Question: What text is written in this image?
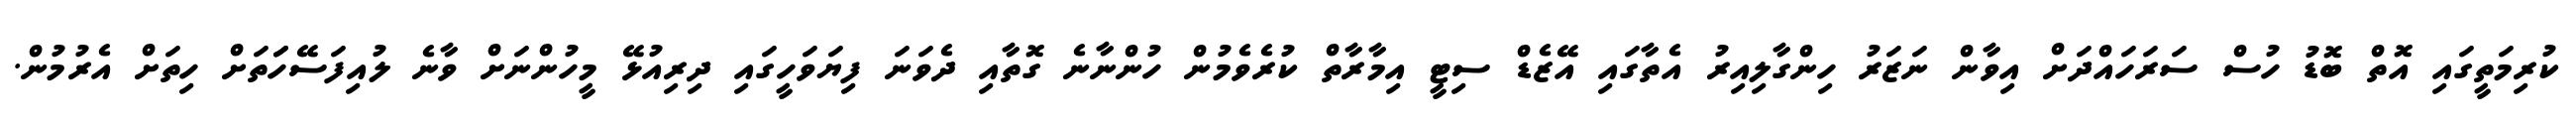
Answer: ކުރިމަތީގައި އޮތް ބޮޑު ހުސް ސަރަހައްދަށް އިވާން ނަޒަރު ހިންގާލިއިރު އެތާގައި އޭޒެޑް ސިޓީ އިމާރާތް ކުރެވެމުން ހުންނާނެ ގޮތާއި ދެވަނަ ފިޔަވަހީގައި ދިރިއުޅޭ މީހުންނަށް ވާނެ ލުއިފަސޭހަަތަށް ހިތަށް އެރުމުން.